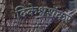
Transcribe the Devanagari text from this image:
दिकेश्वशंकर